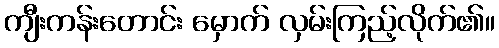
ကျီးကန်းတောင်း မှောက် လှမ်းကြည့်လိုက်၏။